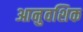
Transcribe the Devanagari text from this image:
आनुवशिक